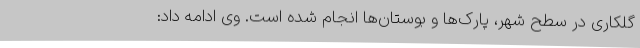
گلکاری در سطح شهر، پارک‌ها و بوستان‌ها انجام شده است. وی ادامه داد: